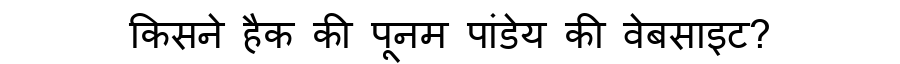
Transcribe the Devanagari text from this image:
किसने हैक की पूनम पांडेय की वेबसाइट?